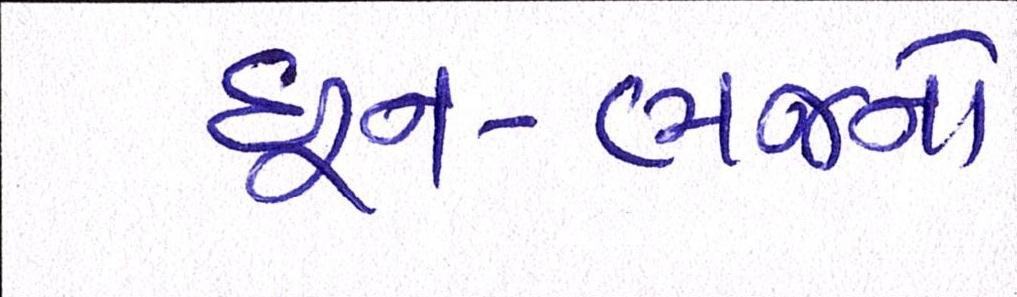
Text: ધુન-ભજનો